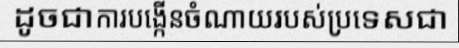
ដូចជាការបង្កើនចំណាយរបស់ប្រទេសជា